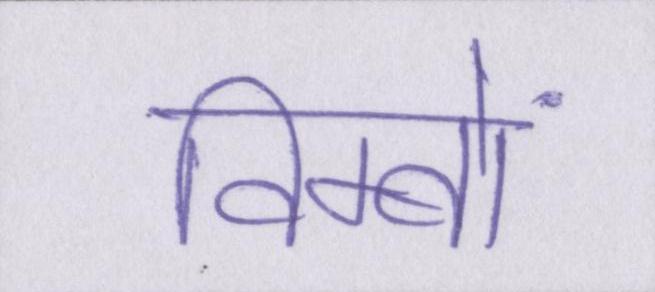
विम्बों